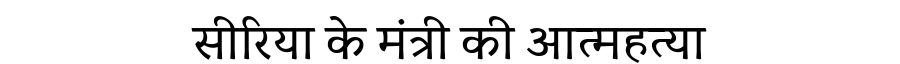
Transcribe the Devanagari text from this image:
सीरिया के मंत्री की आत्महत्या